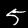
Label: 5